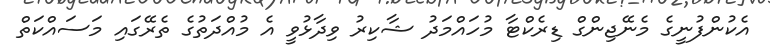
އެކުންފުނީގެ މެނޭޖިންގް ޑިރެކްޓާ މުހައްމަދު ޝާކިރު ވިދާޅުވީ އެ މުއްދަތުގެ ތެރޭގައި މަސައްކަތް